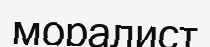
моралист